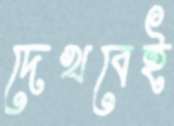
দেখবেই